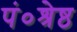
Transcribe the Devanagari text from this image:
पं०श्रेष्ठ